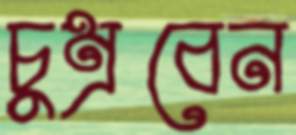
চুম্‌রবেন